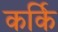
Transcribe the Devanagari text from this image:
कर्कि